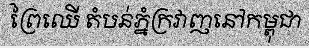
ព្រៃឈើ តំបន់ភ្នំក្រវាញនៅកម្ពុជា